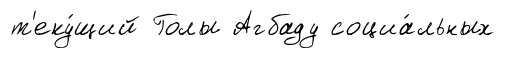
т'еку́щий Голы Агбаду социа́льных